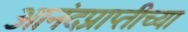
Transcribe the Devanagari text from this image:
आनंदप्राप्तीच्या